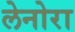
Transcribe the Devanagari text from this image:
लेनोरा